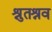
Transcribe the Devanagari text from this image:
श्रुतश्रव